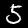
Label: 5